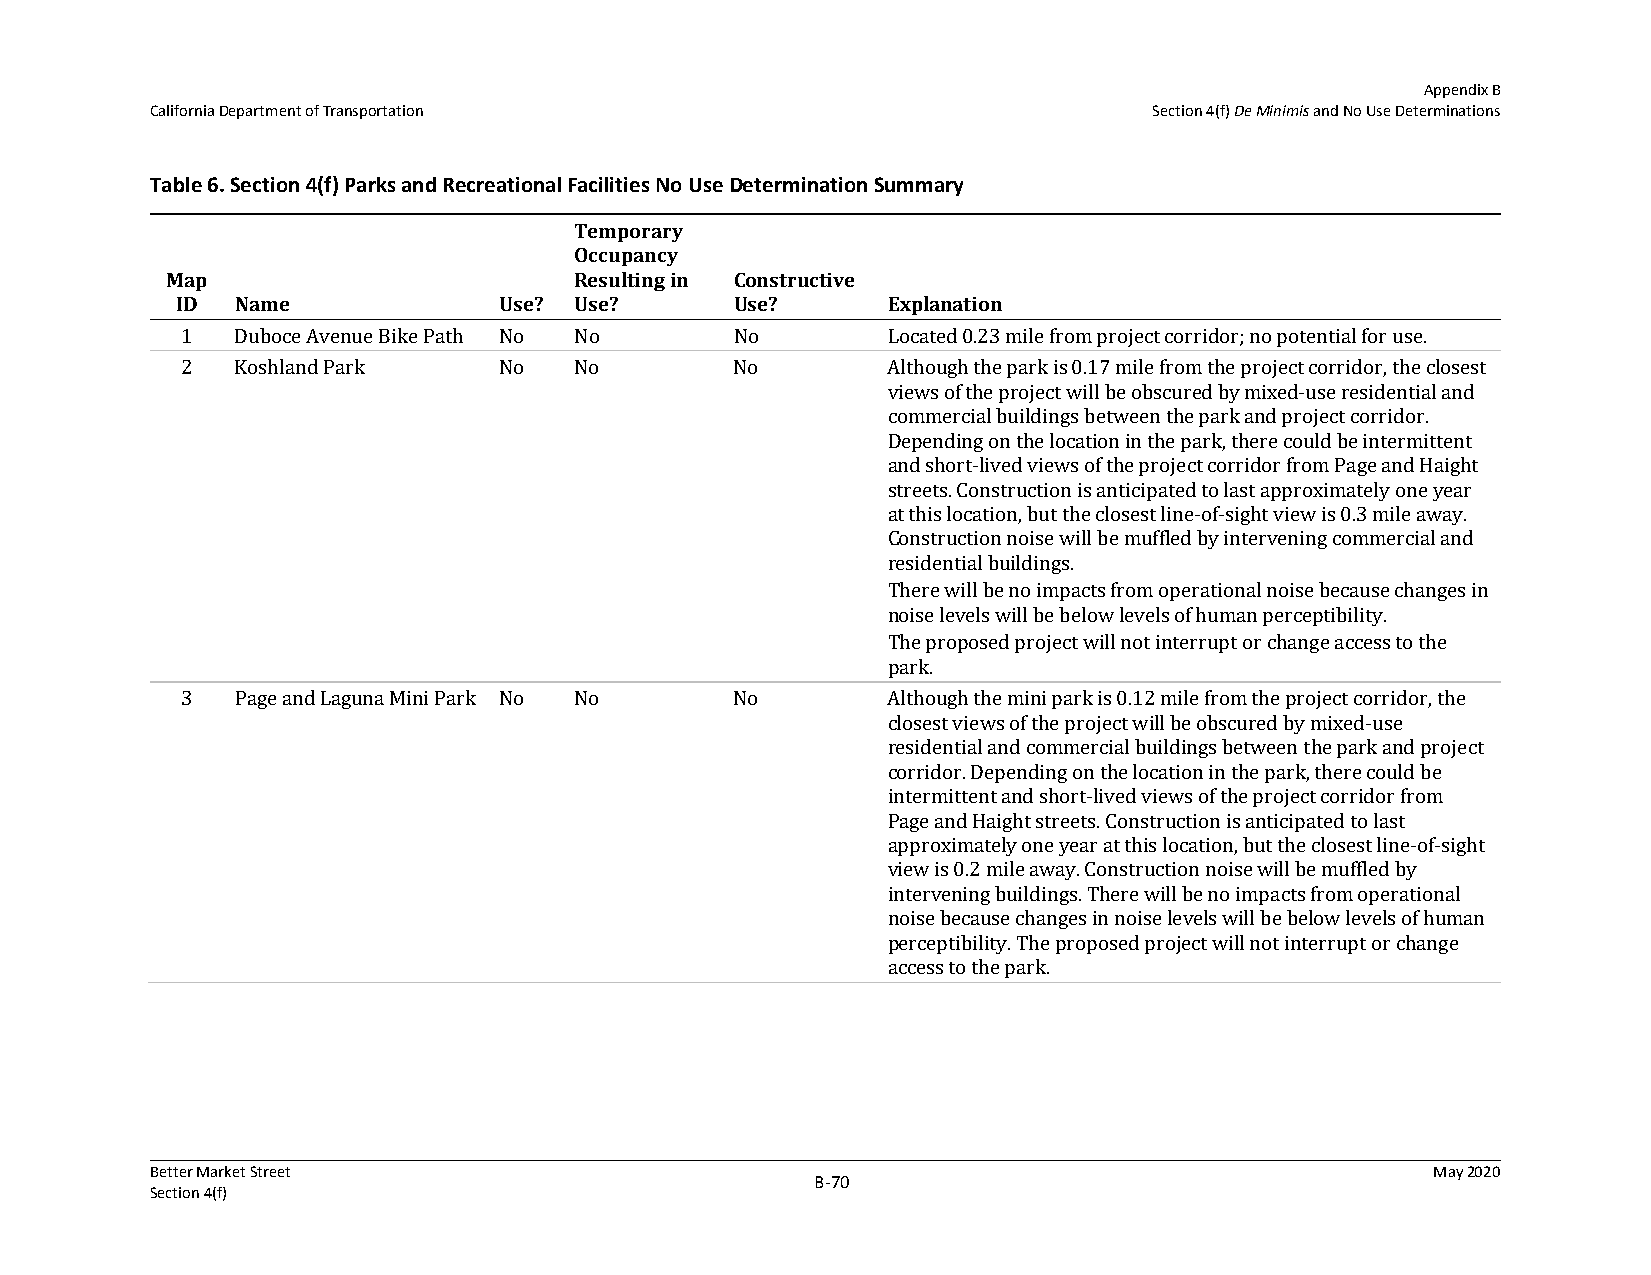
Appendix B
 California Department of Transportation                           Section 4(f) De Minimis and No Use Determinations
 Table 6. Section 4(f) Parks and Recreational Facilities No Use Determination Summary
 Temporary
 Occupancy
 Map                        Resulting in Constructive
 ID  Name             Use? Use?       Use?      Explanation
 1   Duboce Avenue Bike Path No No    No        Located 0.23 mile from project corridor; no potential for use.
 2   Koshland Park    No   No         No        Although the park is 0.17 mile from the project corridor, the closest
 views of the project will be obscured by mixed-use residential and
 commercial buildings between the park and project corridor.
 Depending on the location in the park, there could be intermittent
 and short-lived views of the project corridor from Page and Haight
 streets. Construction is anticipated to last approximately one year
 at this location, but the closest line-of-sight view is 0.3 mile away.
 Construction noise will be muffled by intervening commercial and
 residential buildings.
 There will be no impacts from operational noise because changes in
 noise levels will be below levels of human perceptibility.
 The proposed project will not interrupt or change access to the
 park.
 3   Page and Laguna Mini Park No No  No        Although the mini park is 0.12 mile from the project corridor, the
 closest views of the project will be obscured by mixed-use
 residential and commercial buildings between the park and project
 corridor. Depending on the location in the park, there could be
 intermittent and short-lived views of the project corridor from
 Page and Haight streets. Construction is anticipated to last
 approximately one year at this location, but the closest line-of-sight
 view is 0.2 mile away. Construction noise will be muffled by
 intervening buildings. There will be no impacts from operational
 noise because changes in noise levels will be below levels of human
 perceptibility. The proposed project will not interrupt or change
 access to the park.
 Better Market Street                                                                 May 2020
 B‐70
 Section 4(f)